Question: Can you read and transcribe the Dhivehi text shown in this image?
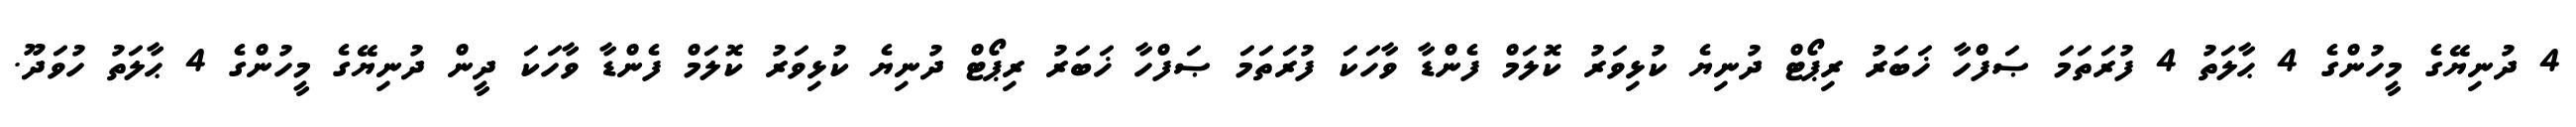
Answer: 4 ދުނިޔޭގެ މީހުންގެ 4 ޙާލަތު 4 ފުރަތަމަ ޞަފްހާ ޚަބަރު ރިޕޯޓް ދުނިޔެ ކުޅިވަރު ކޮލަމް ފެންޑާ ވާހަކަ ފުރަތަމަ ޞަފްހާ ޚަބަރު ރިޕޯޓް ދުނިޔެ ކުޅިވަރު ކޮލަމް ފެންޑާ ވާހަކަ ދީން ދުނިޔޭގެ މީހުންގެ 4 ޙާލަތު ހުވަދޫ.